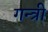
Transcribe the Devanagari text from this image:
गन्त्री